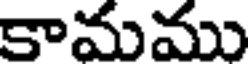
కామము